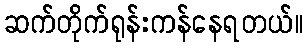
ဆက်တိုက်ရုန်းကန်နေရတယ်။